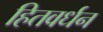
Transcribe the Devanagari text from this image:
हितवर्धन